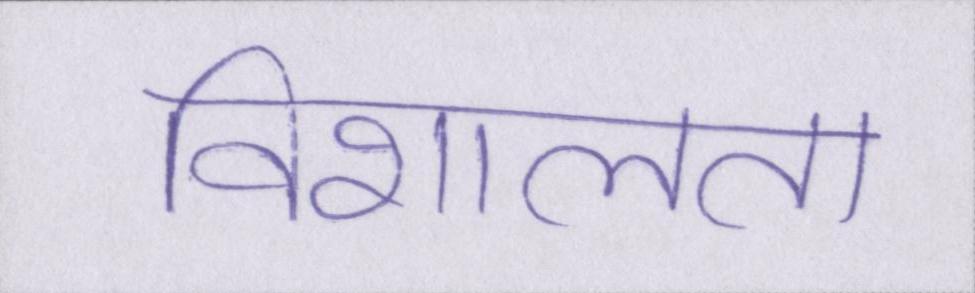
विशालता